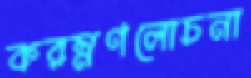
করম্নণলোচনা